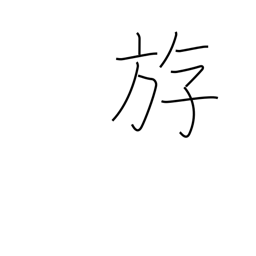
Meaning: to swim